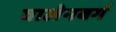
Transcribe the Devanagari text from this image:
वालेनबर्ग